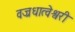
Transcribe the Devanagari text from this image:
वज्रधात्वेश्वरी